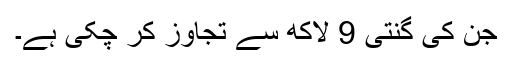
جن کی گنتی 9 لاکھ سے تجاوز کر چکی ہے۔